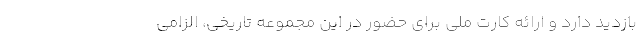
بازدید دارد و ارائه کارت ملی برای حضور در این مجموعه تاریخی، الزامی